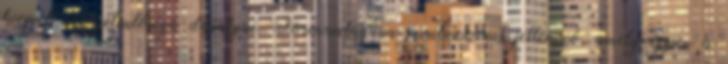
kiemelkedő jelentőségű darabjai. Formavilágára puritanizmus jellemző, amely éppen a